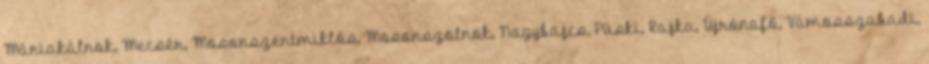
Máriakálnok, Mecsér, Mosonszentmiklós, Mosonszolnok, Nagybajcs, Püski, Rajka, Újrónafő, Vámosszabadi,